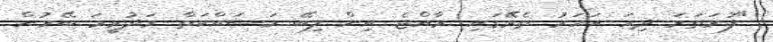
"ފުރަތަމަ ދިހަ އަހަރު ތެރޭގައި ރާއްޖެ އިން ލިބޭ މަސައްކަތް މަދުވީމަ ބޭރުން